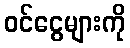
ဝင်ငွေများကို